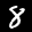
Digit: 8